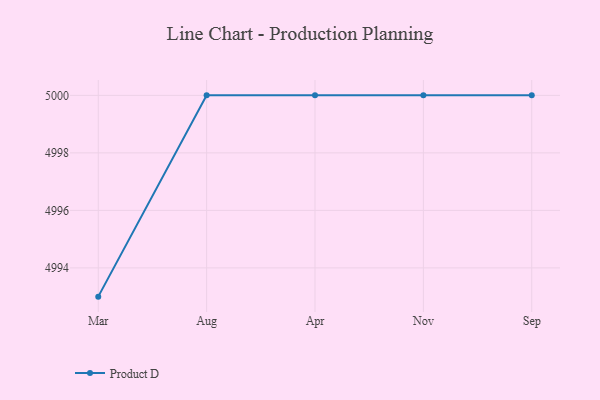
{"axis": {"x": "Month", "y": "Temperature (°C)"}, "legend": ["Product D"], "data": [{"x": "Mar", "y": 4993.0, "type": "Product D"}, {"x": "Aug", "y": 5000, "type": "Product D"}, {"x": "Apr", "y": 5000, "type": "Product D"}, {"x": "Nov", "y": 5000, "type": "Product D"}, {"x": "Sep", "y": 5000, "type": "Product D"}]}